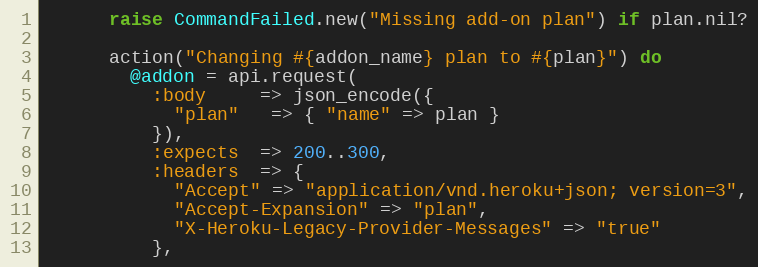
Language: Ruby
      raise CommandFailed.new("Missing add-on plan") if plan.nil?

      action("Changing #{addon_name} plan to #{plan}") do
        @addon = api.request(
          :body     => json_encode({
            "plan"   => { "name" => plan }
          }),
          :expects  => 200..300,
          :headers  => {
            "Accept" => "application/vnd.heroku+json; version=3",
            "Accept-Expansion" => "plan",
            "X-Heroku-Legacy-Provider-Messages" => "true"
          },